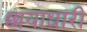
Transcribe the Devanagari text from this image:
छायाधारी